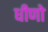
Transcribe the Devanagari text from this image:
धीणो